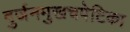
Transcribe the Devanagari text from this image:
दुर्जनमुखचपेटिका